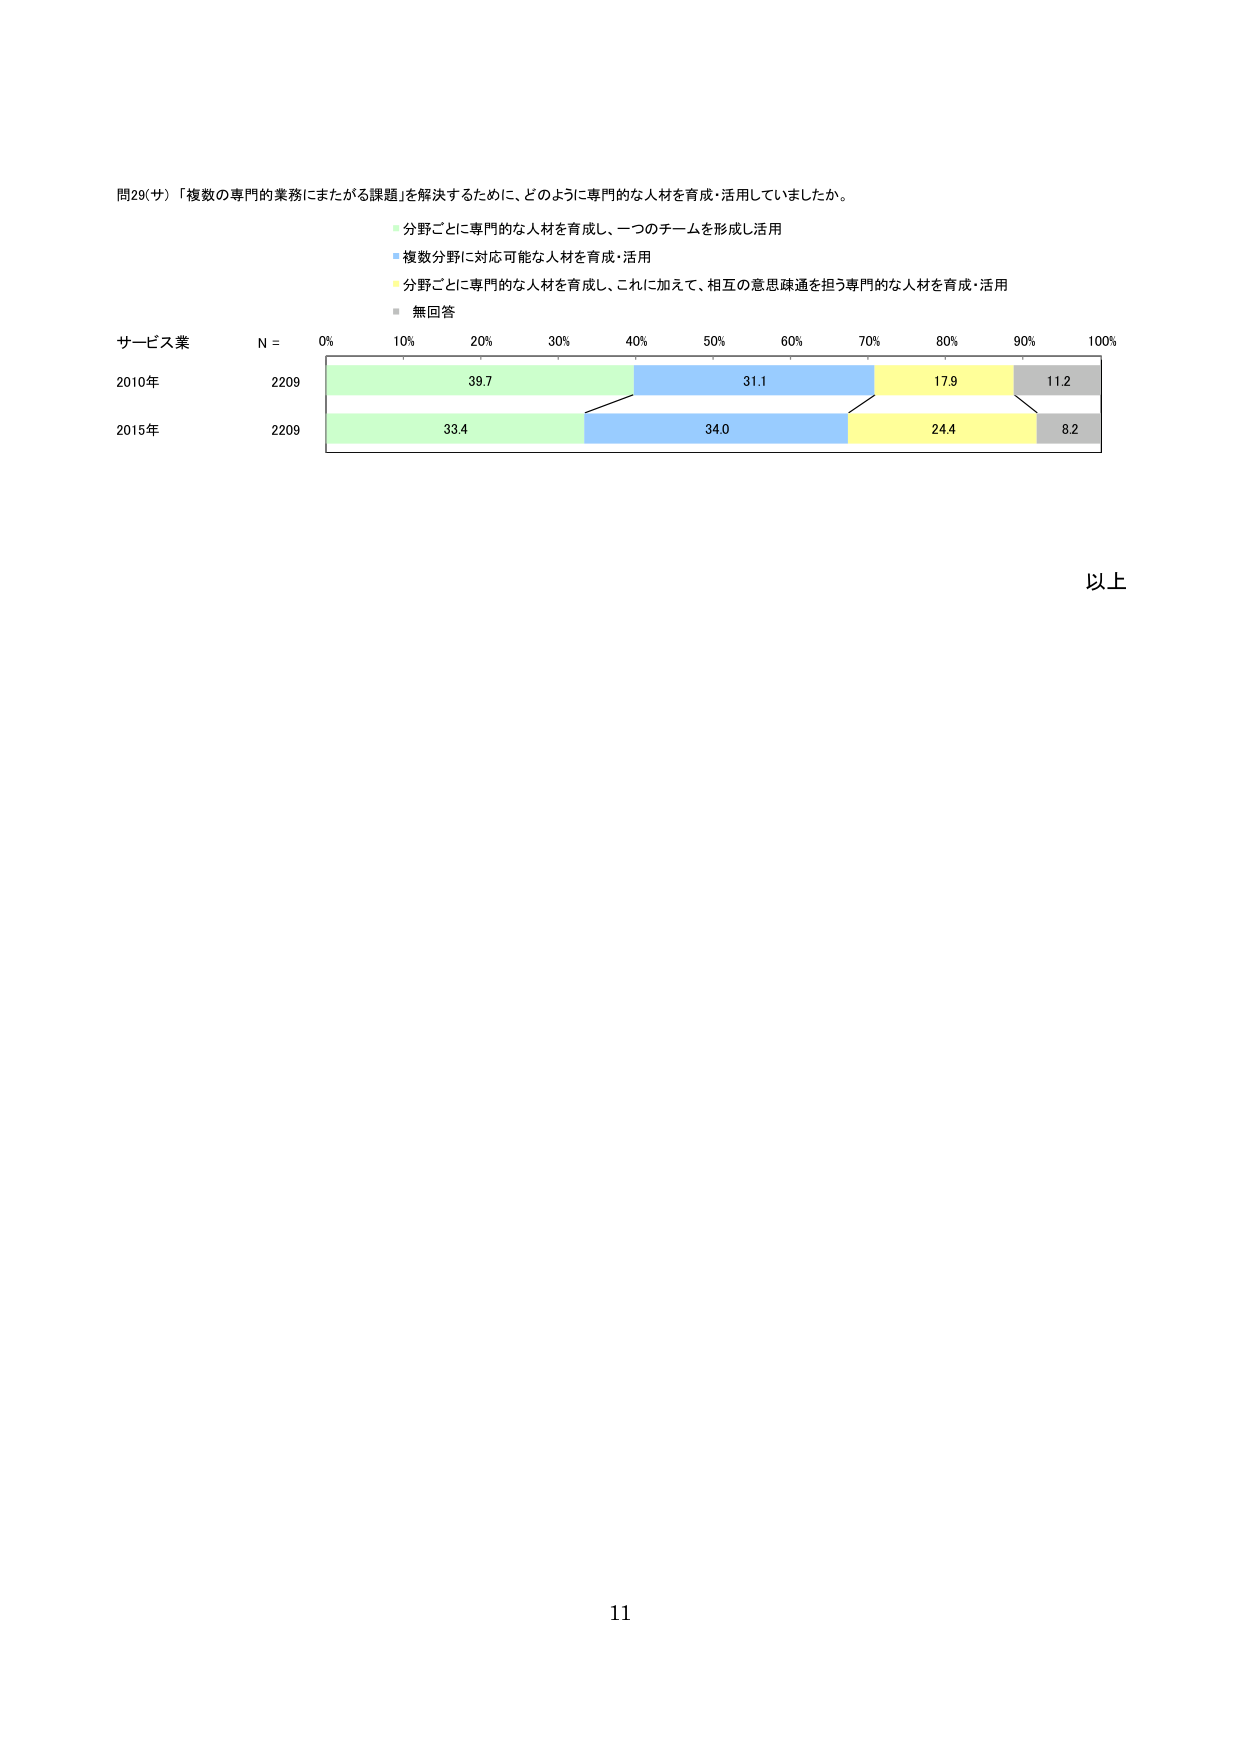
問29(サ) 「複数の専門的業務にまたがる課題」を解決するために、どのように専門的な人材を育成・活用していましたか。

■ 分野ごとに専門的な人材を育成し、一つのチームを形成し活用
■ 複数分野に対応可能な人材を育成・活用
■ 分野ごとに専門的な人材を育成し、これに加えて、相互の意思疎通を担う専門的な人材を育成・活用
■ 無回答

サービス業
N = 0% 10% 20% 30% 40% 50% 60% 70% 80% 90% 100%

2010年 2209 39.7 31.1 17.9 11.2
2015年 2209 33.4 34.0 24.4 8.2

以上

11